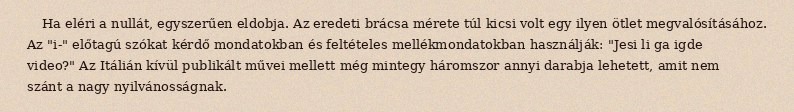
Ha eléri a nullát, egyszerűen eldobja. Az eredeti brácsa mérete túl kicsi volt egy ilyen ötlet megvalósításához. Az "i-" előtagú szókat kérdő mondatokban és feltételes mellékmondatokban használják: "Jesi li ga igde video?" Az Itálián kívül publikált művei mellett még mintegy háromszor annyi darabja lehetett, amit nem szánt a nagy nyilvánosságnak.